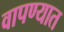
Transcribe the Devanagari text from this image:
वापण्यात